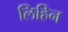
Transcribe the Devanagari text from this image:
लिहिन